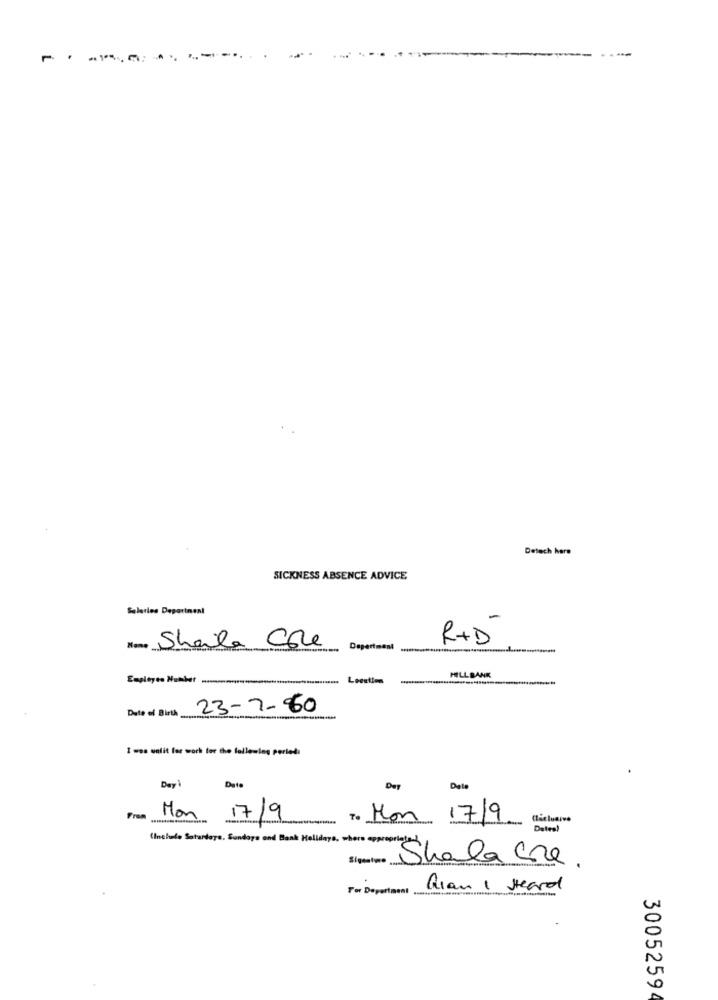
Detech here
SICKNESS ABSENCE ADVICE
Salaries Depatinenl
Name Sharla Cole
R+ D
Depertment
MILLBANK
-
Date of Birth
23-7-80
I wes walit for work for the following perledi
Day
Date
Data
From
Mon
17/9
To Mon 17/9.
Ciclusive
Dates
(Inelle Saturdaye. Sundays and Bank Holidays, where ep
Shalacre .
For Deporta
Rian I Heard
3005259